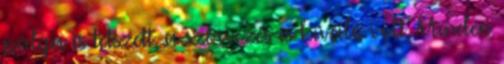
pálya is tetszett, a szervezés is kiváló volt, Minden